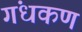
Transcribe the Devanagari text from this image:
गंधकण